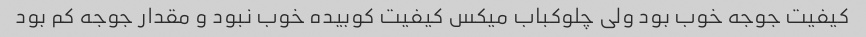
کیفیت جوجه خوب بود ولی چلوکباب میکس کیفیت کوبیده خوب نبود و مقدار جوجه کم بود